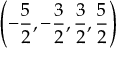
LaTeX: \left( - \frac { 5 } { 2 } , - \frac { 3 } { 2 } , \frac { 3 } { 2 } , \frac { 5 } { 2 } \right) \protect